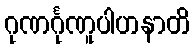
ဂုဏင်္ဂုဏူပါဟနာတိ